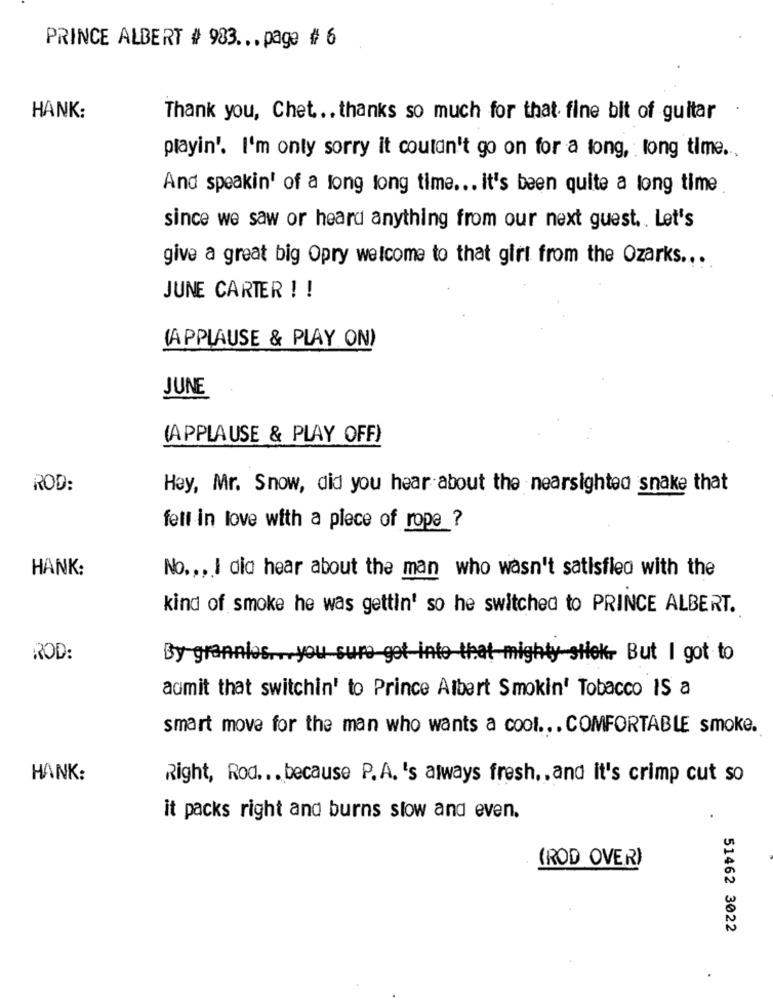
PRINCE ALBERT # 983 ... page # 6
HANK:
Thank you, Chet ... thanks so much for that fine bit of guitar
playin'. I'm only sorry it couldn't go on for a long, long time ..
And speakin' of a long long time ... it's been quite a long time
since we saw or heard anything from our next guest .. Let's
give a great big Opry welcome to that girl from the Ozarks ...
JUNE CARTER ! !
(APPLAUSE & PLAY ON)
JUNE
(APPLAUSE & PLAY OFF)
ROD:
Hey, Mr. Snow, did you hear about the nearsighted snake that
fell in love with a piece of rope ?
HANK:
No .,, I dia hear about the man who wasn't satisfied with the
kind of smoke he was gettin' so he switched to PRINCE ALBERT.
ROD:
By grannies ... you sure got into that mighty stick- But I got to
admit that switchin' to Prince Albert Smokin' Tobacco IS a
smart move for the man who wants a cool .. . COMFORTABLE smoke.
HANK:
Right, Rod ... because P. A. 's always fresh. , and it's crimp cut so
it packs right and burns slow and even.
(ROD OVER)
51462 3022